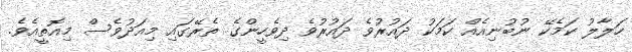
ހަލާލު ކަމެކޭ ނުބުނިއެއް ކަމަކު ދައުރުވެ ދައުރުވެ ދިވެހީންގެ ތެރޭގައި މިއަދުވެސް މިއޮތީއެވެ.